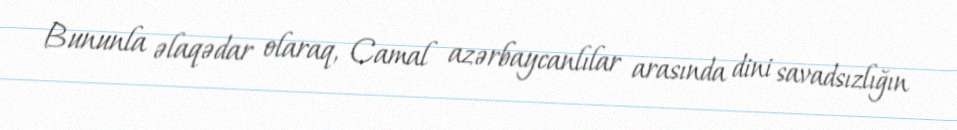
Bununla əlaqədar olaraq, Camal azərbaycanlılar arasında dini savadsızlığın